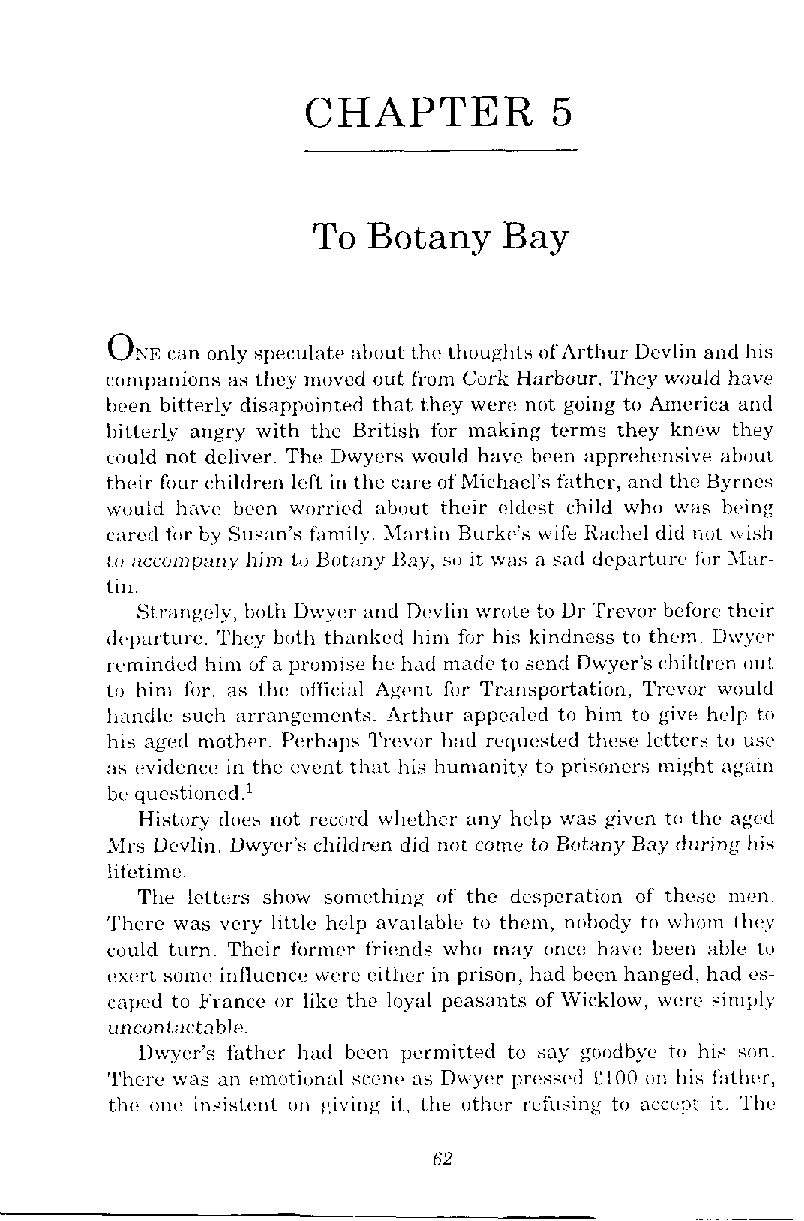
CHAPTER          5
 To Botany   Bay
 ONE
 can only speculate about the thi~ughtso f Arthur Devlin and his
 companions as they mmwd out from Cark Harbour. Thcy would haw
 hven bitterly disappointed that they were not going to America and
 hitterly angry with the British fir making terms they knew they
 could not deliver. The Dwycrs would have been apprehensive about
 their fi111r children left in the care of Michacl's father, and the Byrncs
 would havi, h.cn worried :lb~iutt hcir cldvst child wh11 was bring
 c;ircd filr hy Sus;~n'sf amily, hl:lrtin Burkc's wife Rachel did ni~wt ish
 ICI; ~ccompanyh im 11, I30ta11.yH ay, su it was a sad departuri. li~rM ar-
 till.
 Straugcly, both Uwycr and Devlin wrote to Dr Trevor before thvir
 ili~l~urturTe.h cy bi~tlrt hankcd him for his kindncss to the~nD. wyer
 reminded him of a promise tic had made to send Dwyer's children uut
 tu him for, ;IS thc i~fficinlA gcnt fm Transportation, Trevor would
 handle such ;~rmrrperncntsA. rthur appralcd to him to give help to
 his aged n~otherE. 'erhaps Trwor had rcquested thrse lettcrs to usc
 as cvidcncc in the went th;~ht is humanity to pris~~nemrsi ght ag;m
 br questimt:d.'
 History does not rcci~rilw hethcr any help was given to the agcd
 Rlrs Devlin. Dwycr's cl1ild1-r>nd id not come to Botany Ray during his
 lifetime.
 The letters show something of the desperation of these men.
 There was very little help avail;rble to thcn~,n ubody to whum they
 ruuld turn. Their fi~rmcrf riends who may once have been able 111
 cxert some influence, wcrc cithcr in prison, had bcen hanged, had es-
 caped to France or like the loyal peasants of Wicklow, wcrc sinlply
 unconlactable.
 Ihvycr's father had bcen permitted to say grmdbyc to his son
 Thcre was an emirtion:~ls cc2nr,a s Dwycr pri.ssed L100 an his fbthvr,
 th,. one insistent iln giving it. the uthcr rcfusing to acctpt it. Thl